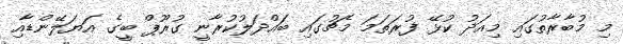
މި މުބާރާތުގައި މިއަދު ކުޅޭ ފުރަތަމަ މެޗުގައި ބައްދަލުކުރާނީ ގުރޫޕް ބީގެ އަޔަލޭންޑާއި